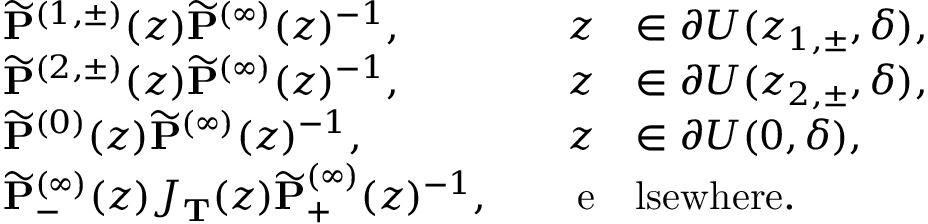
\begin{array} { r l r l } & { \widetilde { \mathbf { P } } ^ { ( 1 , \pm ) } ( z ) \widetilde { \mathbf { P } } ^ { ( \infty ) } ( z ) ^ { - 1 } , \quad } & { z } & { \in \partial U ( z _ { 1 , \pm } , \delta ) , } \\ & { \widetilde { \mathbf { P } } ^ { ( 2 , \pm ) } ( z ) \widetilde { \mathbf { P } } ^ { ( \infty ) } ( z ) ^ { - 1 } , \quad } & { z } & { \in \partial U ( z _ { 2 , \pm } , \delta ) , } \\ & { \widetilde { \mathbf { P } } ^ { ( 0 ) } ( z ) \widetilde { \mathbf { P } } ^ { ( \infty ) } ( z ) ^ { - 1 } , \quad } & { z } & { \in \partial U ( 0 , \delta ) , } \\ & { \widetilde { \mathbf { P } } _ { - } ^ { ( \infty ) } ( z ) J _ { \mathbf { T } } ( z ) \widetilde { \mathbf { P } } _ { + } ^ { ( \infty ) } ( z ) ^ { - 1 } , \quad } & { \mathrm { e } } & { \mathrm { l s e w h e r e } . } \end{array}